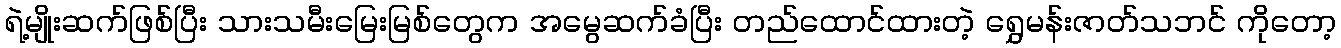
ရဲ့မျိုးဆက်ဖြစ်ပြီး သားသမီးမြေးမြစ်တွေက အမွေဆက်ခံပြီး တည်ထောင်ထားတဲ့ ရွှေမန်းဇာတ်သဘင် ကိုတော့